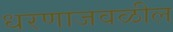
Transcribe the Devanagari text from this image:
धरणाजवळील